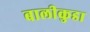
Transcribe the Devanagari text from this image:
बालीकुडा